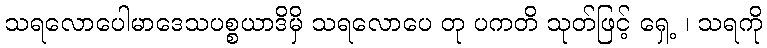
သရလောပေါမာဒေသပစ္စယာဒိမှိ သရလောပေ တု ပကတိ သုတ်ဖြင့် ရှေ့ ၊ သရကို